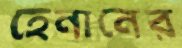
হেনানের